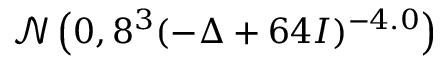
\mathcal { N } \left( 0 , 8 ^ { 3 } ( - \Delta + 6 4 I ) ^ { - 4 . 0 } \right)